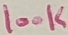
Text: 100K